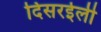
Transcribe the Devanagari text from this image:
दिसरईली